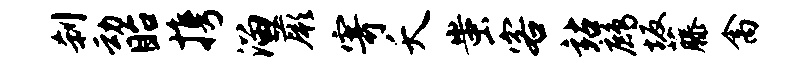
刹动眙携溜蕨寄夭蚩客站鹧坂藤禽